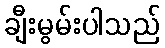
ချီးမွမ်းပါသည်